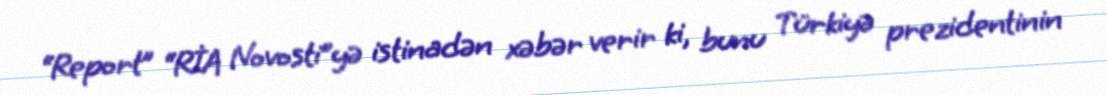
“Report” “RİA Novosti”yə istinadən xəbər verir ki, bunu Türkiyə prezidentinin